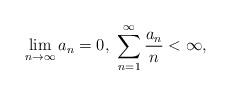
LaTeX: \begin{align*}\lim_{n\to\infty} a_n= 0, \, \, \sum_{n=1}^{\infty}\frac{a_n}{n}<\infty, \end{align*}